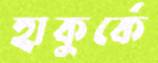
হাকুর্কে